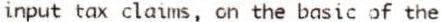
INPUT TAX CLAIMS, ON THE BASIC OF THE